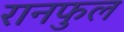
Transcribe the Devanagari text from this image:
रानफुल